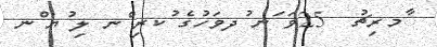
ާމރިޗު  25ވަ ަނ ުދވަހުގެ ުކރި ްނ ލި ުޔ ްނ